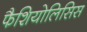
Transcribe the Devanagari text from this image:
फैशियोलिसिस